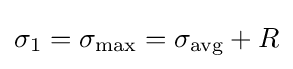
\sigma _{1}=\sigma _{\max }=\sigma _{\text{avg}}+R